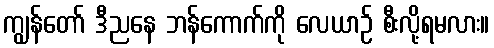
ကျွန်တော် ဒီညနေ ဘန်ကောက်ကို လေယာဉ် စီးလို့ရမလား။